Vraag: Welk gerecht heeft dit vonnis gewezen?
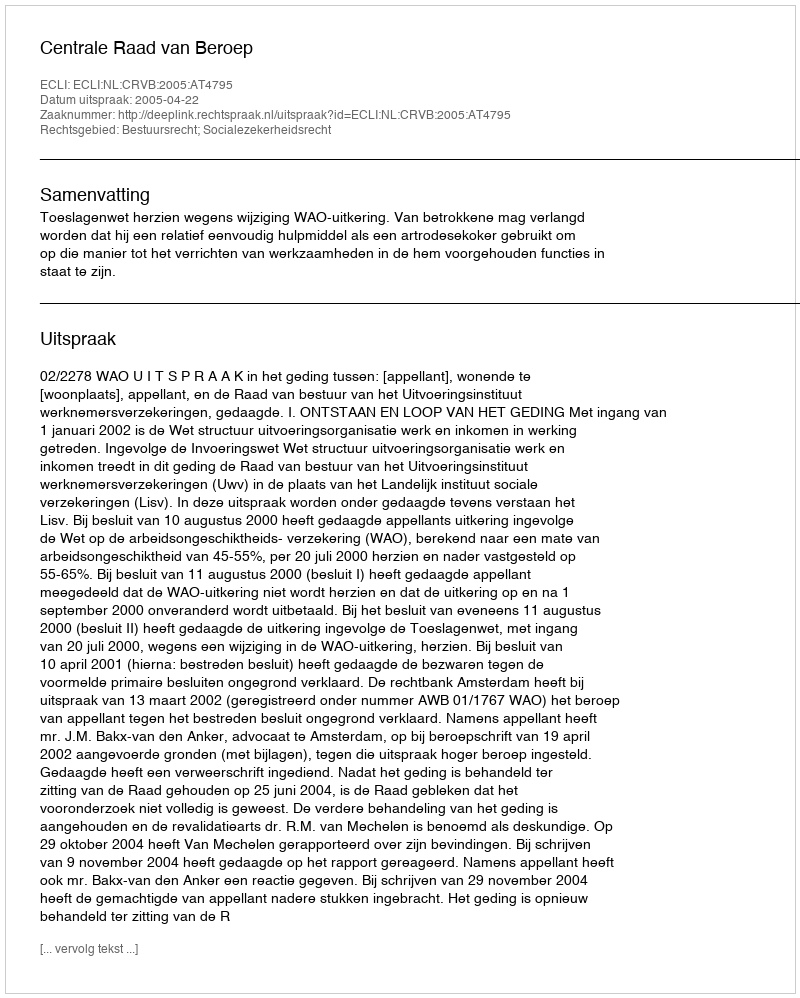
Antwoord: Centrale Raad van Beroep